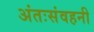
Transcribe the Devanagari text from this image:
अंतःसंवहनी